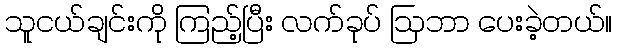
သူငယ်ချင်းကို ကြည့်ပြီး လက်ခုပ် ဩဘာ ပေးခဲ့တယ်။